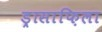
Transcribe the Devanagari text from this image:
ड्रासाफ़िला